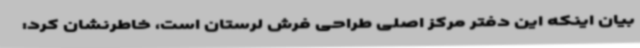
بیان اینکه این دفتر مرکز اصلی طراحی فرش لرستان است، خاطرنشان کرد: